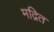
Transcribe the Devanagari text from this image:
मद्रित